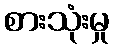
စားသုံးမှု